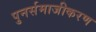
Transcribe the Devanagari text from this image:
पुनर्समाजीकरण